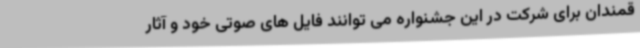
قمندان برای شرکت در این جشنواره می توانند فایل های صوتی خود و آثار